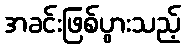
အခင်းဖြစ်ပွားသည့်